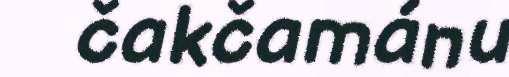
čakčamánu